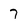
Character: 7